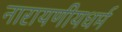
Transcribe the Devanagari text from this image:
नारायणीयधर्म